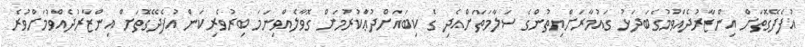
އުފެދޭގޮތަށް އިންޒާރުދެއްވުމުގެބަދަޅު ގައުމާރަށްޔިތުންގެ ސަލާމަތަށްއެދި ގެ ކިބައަށްދުޢާުކުރުމަށް ގޮވާލެއްވިނަމަ ބިރުވެރިކަން އުފެދޭގޮަތަށް އިންޒާރުދެއްވުމަށްވުރެ